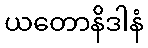
ယတောနိဒါနံ